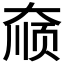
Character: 𫯮